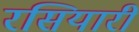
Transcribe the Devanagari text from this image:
रसियारी